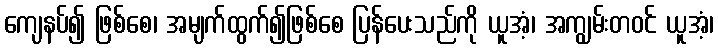
ကျေနပ်၍ ဖြစ်စေ၊ အမျက်ထွက်၍ဖြစ်စေ ပြန်ပေးသည်ကို ယူအံ့၊ အကျွမ်းတဝင် ယူအံ့၊